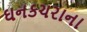
ઘનકચરાના